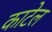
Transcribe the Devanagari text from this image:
काटेल